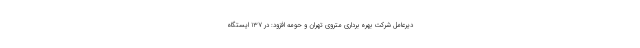
دیرعامل شرکت بهره برداری متروی تهران و حومه افزود: در ۱۳۷ ایستگاه